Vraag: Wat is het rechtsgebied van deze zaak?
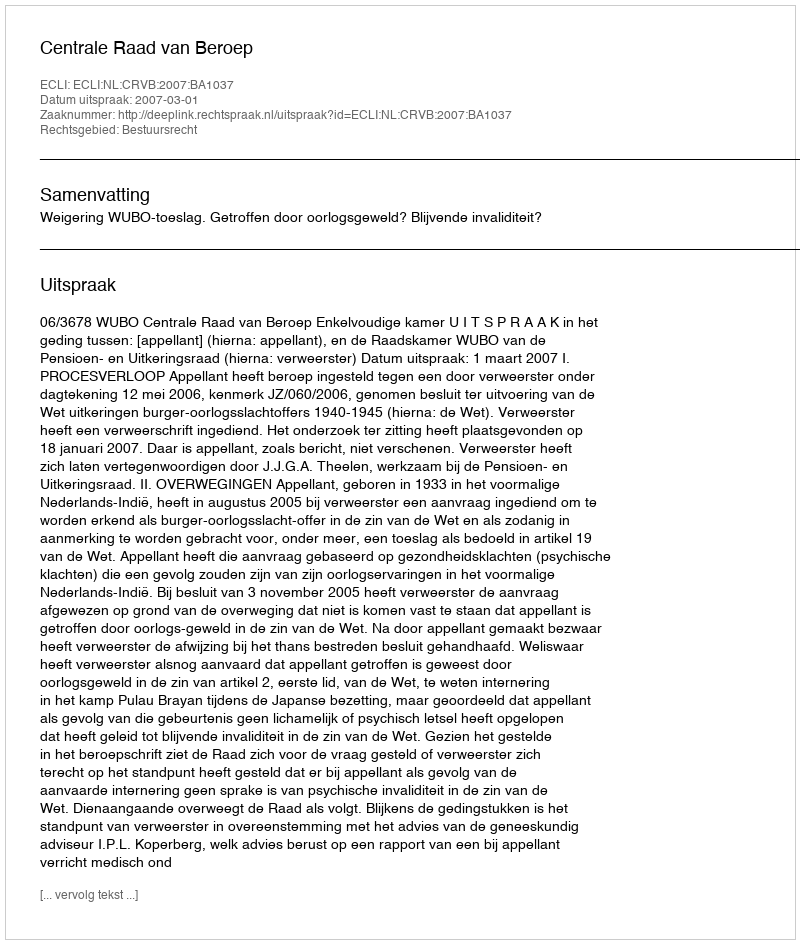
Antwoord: Bestuursrecht